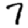
Digit: 7